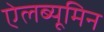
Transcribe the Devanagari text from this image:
ऐलब्यूमिन